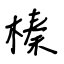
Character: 榛